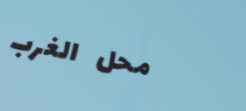
محل الغرب